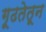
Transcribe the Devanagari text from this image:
गूढतेतून